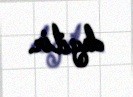
deyilir.